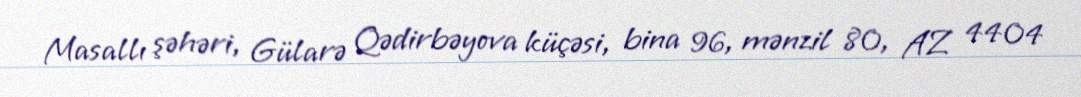
Masallı şəhəri, Gülarə Qədirbəyova küçəsi, bina 96, mənzil 80, AZ 4404